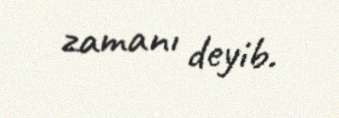
zamanı deyib.